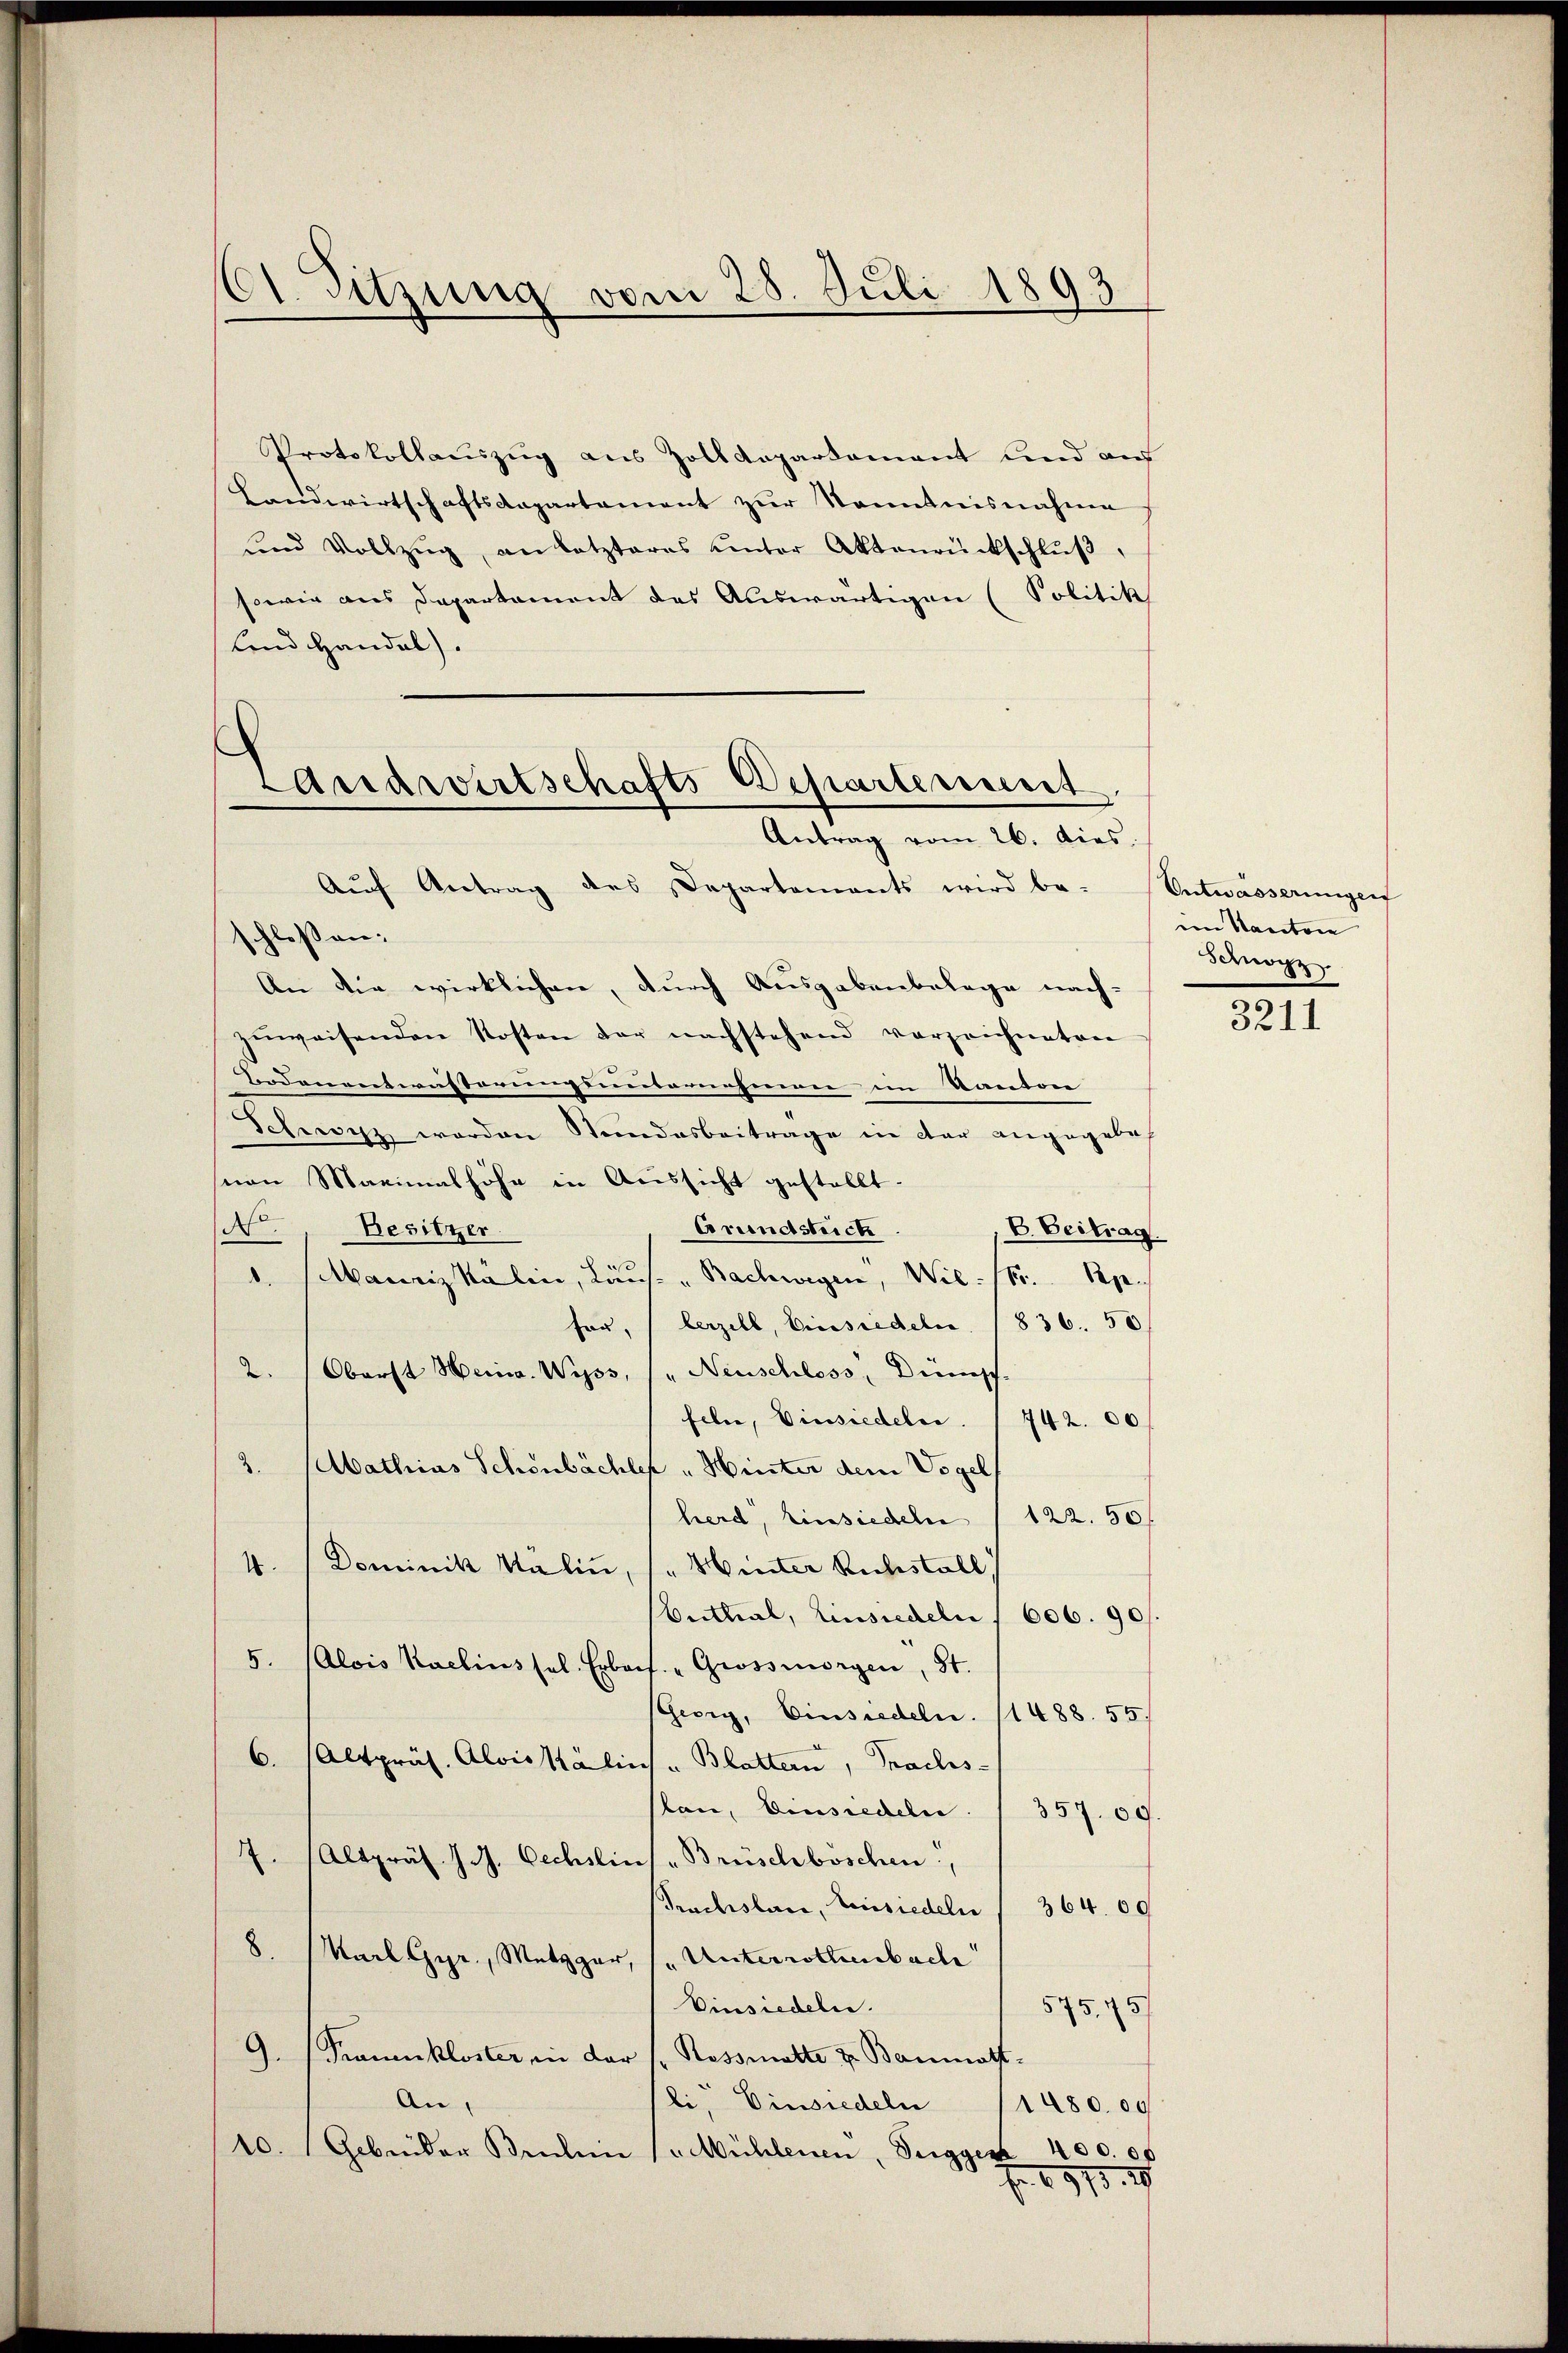
61. Sitzung vom 28. Juli 1893

Protokollauszug aus Zolldepartamant und auf
Landwirtschaftsdepartament zur Kenntnisnahme
und Vollzŭg an letzteres ŭnter Aktenrückschlŭβ,
sowie aus Departament des Auswärtigen (Politik
Land Handal).
Aŭf Antrag des Departements wird be- Entwässerungen
schlossen:
An die wirklichen, durch Ausgabenbelege nach-
zŭweisenden Kosten der nachstehend vorzeichneten
Bordenenteusterungsunternahme im Kanton |
Schwarz worden Stundesbeitrage in der angegebe
sion Maximalhöhe in Aussicht gestellt.
No.
Arendstriche
Besitzer
B. Beitrag
1. selbauriz Kalin, Laus. " Bachwegen, Wil /6. Rp.
fer, (berzell, Einsiedeln. 1836. 50
Oberst Meina. Wyss, s. Neuschloss, Dünsch,
2.
feln, Einsiedeln. / 742. 00
3. Sebathias Schönbächler " Hinter dem Vogel
herd, Einsiedeln (122. 50 f
4. Dominik Kälin, 1. Hinter Richistoll
Buthal, Einsiedeln, 606. 901.
5. (Alois Kaclins sel. Erbois Grossmorgen, St.
Georg, Einsiedeln. (1488. 55
6. (Altpräs. Aloiskalins - Blatter, Tracts-
lan, Einsiedeln. 357. 69.
7. Altpräs. J. J. Oechslin - Brüschböschen,
Fruchsstani, Einsiedeln / 364. 09
8. Karl Gyr, Metzger, (Unterrottenbach
Einsiedeln.
575. 75)
9. (Frankloster in der Rossmatte u. Bannath.
An
li, Einsiedeln
1480.00
10. Gebrüder Bruhin (Mühlenen, Segger 400. et
2971. 19

Landwirtschafts Departement
Antrag vom 26. dies

im Kanton
Schwyz

3211